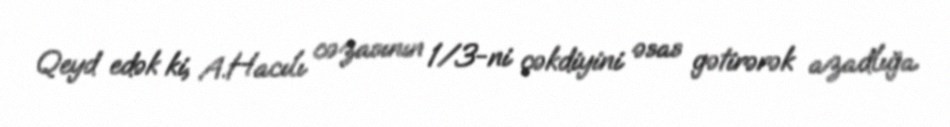
Qeyd edək ki, A.Hacılı cəzasının 1/3-ni çəkdiyini əsas gətirərək azadlığa